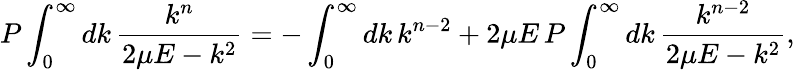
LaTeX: P\int_{0}^{\infty}dk\, \frac{k^{n}}{2\mu E-k^{2}}=-\int_{0}^{\infty}dk\, k^{n-2}+2\mu E\, P\int_{0}^{\infty}dk\, \frac{k^{n-2}}{2\mu E-k^{2}},